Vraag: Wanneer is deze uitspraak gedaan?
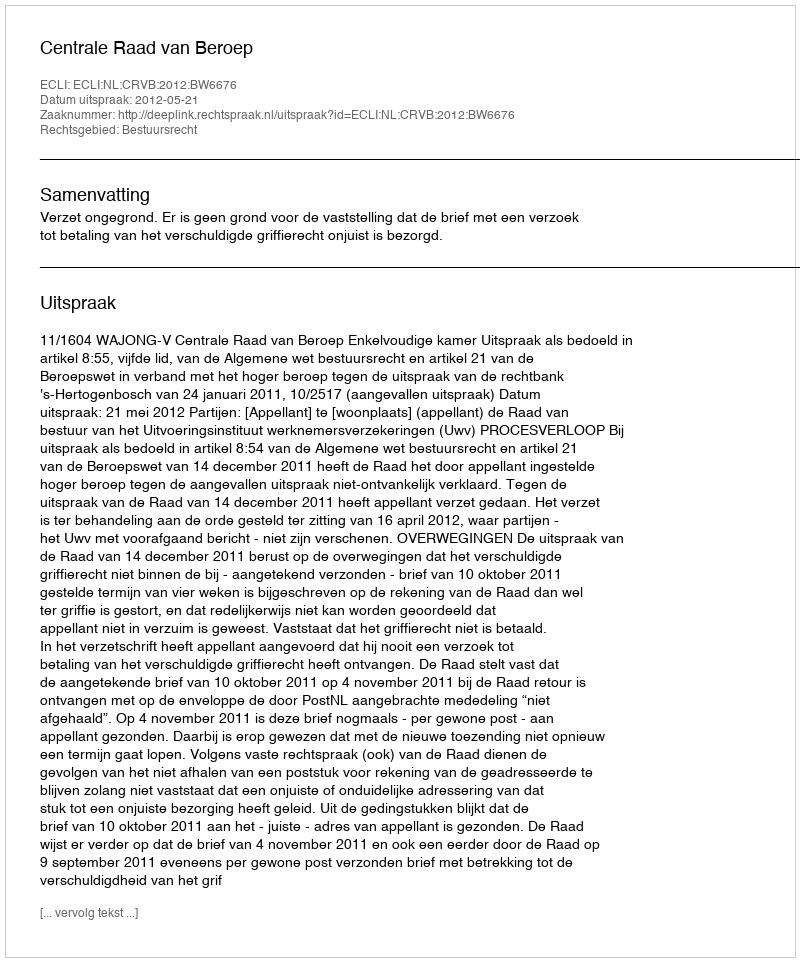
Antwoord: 2012-05-21